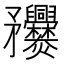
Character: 𥎤